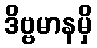
ဒိဗ္ဗမာနမှိ